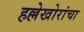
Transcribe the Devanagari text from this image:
हल्लेखोरांचा